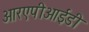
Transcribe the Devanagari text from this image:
आरएपीआईडी